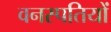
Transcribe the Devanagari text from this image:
वनस्‍पतियों